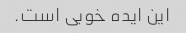
این ایده خوبی است.